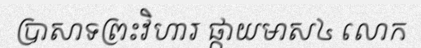
ប្រាសាទព្រះវិហារ ផ្កាយមាស៤ លោក